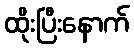
ထိုးပြီးနောက်